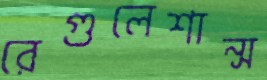
রেগুলেশান্স